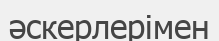
әскерлерімен